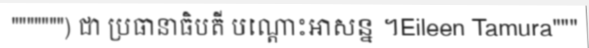
""""""") ជា ប្រធានាធិបតី បណ្តោះអាសន្ន ។Eileen Tamura"""